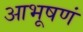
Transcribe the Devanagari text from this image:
आभूषणं